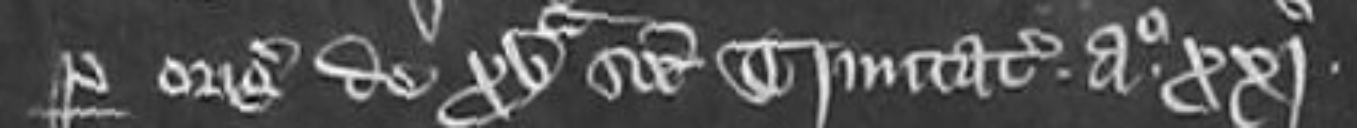
per originalem de XV Sancti Trinitate Anno xxi